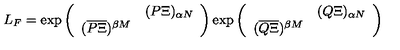
L _ { F } = \exp \left( \begin{array} { c c } { } & { ( P \Xi ) _ { \alpha N } } \\ { ( \overline { { P \Xi } } ) ^ { \beta M } } & { } \\ \end{array} \right) \exp \left( \begin{array} { c c } { } & { ( Q \Xi ) _ { \alpha N } } \\ { ( \overline { { Q \Xi } } ) ^ { \beta M } } & { } \\ \end{array} \right)